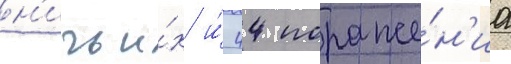
н'ичьи́х и́ 44 пораже́н'иа